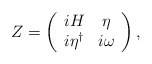
\begin{align*}Z = \left( \begin{array}{cc} i H & \eta \\ i \eta^{\dag} & i \omega \end{array} \right) ,\end{align*}